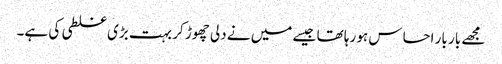
مجھے بار بار احساس ہو رہا تھا جیسے میں نے دلی چھوڑ کر بہت بڑی غلطی کی ہے۔